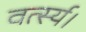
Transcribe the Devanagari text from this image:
वर्त्स्य।